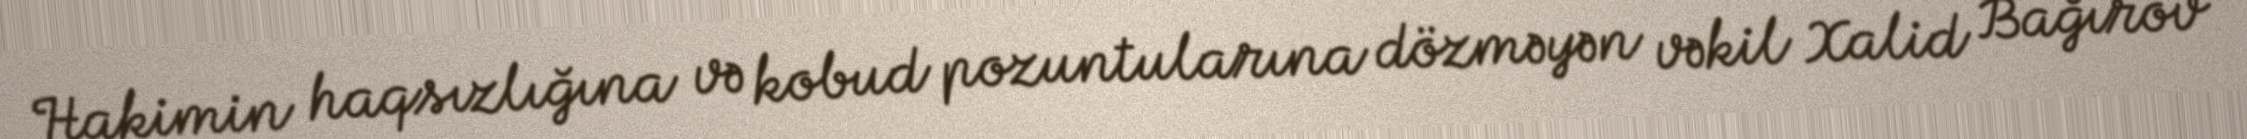
Hakimin haqsızlığına və kobud pozuntularına dözməyən vəkil Xalid Bağırov